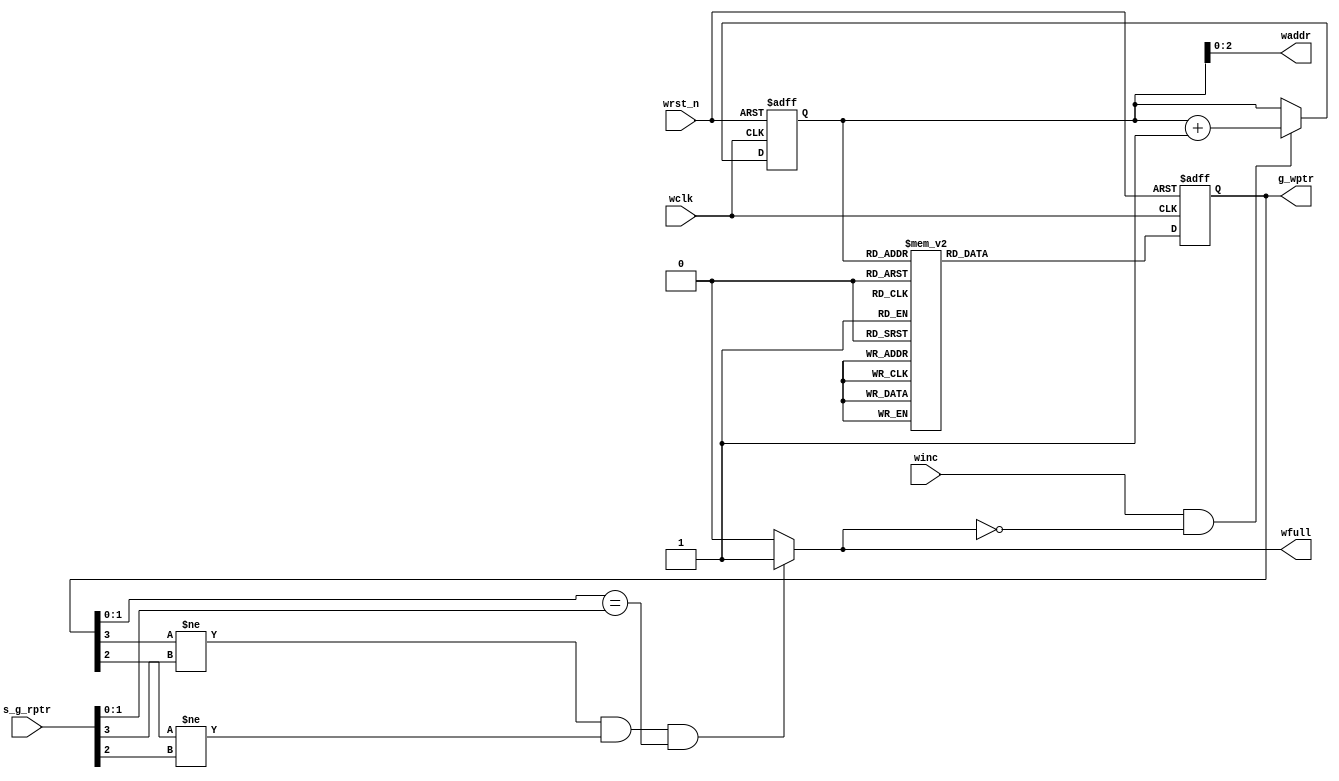
module WFIFO #(parameter P = 4 , A = 3)(
  input wclk,
  input wrst_n,
  input winc,
  input [P-1:0] s_g_rptr,
  output reg wfull,
  output reg [A-1:0] waddr,
  output reg [P-1:0] g_wptr
  );
  
  reg [P-1:0] wptr;
  
  always @ (*)
   begin
     if ( (g_wptr[P-1] != s_g_rptr[P-1]) & (g_wptr[P-2] != s_g_rptr[P-2]) & (g_wptr[P-3:0] == s_g_rptr[P-3:0]) )
       wfull = 1;
     else
       wfull = 0;
     waddr = wptr [A-1:0];
   end
   
  always @ (posedge wclk , negedge wrst_n)
   begin
     if (!wrst_n)
         wptr <=0;    
     else if (winc && !wfull)
       wptr <= wptr + 1;
   end
   
  always @ (posedge wclk , negedge wrst_n)
   begin
     if (!wrst_n)
         g_wptr <=0;    
      else
      begin
        
  case (wptr)
   4'b0000: g_wptr <= 4'b0000 ;
   4'b0001: g_wptr <= 4'b0001 ;
   4'b0010: g_wptr <= 4'b0011 ;
   4'b0011: g_wptr <= 4'b0010 ;
   4'b0100: g_wptr <= 4'b0110 ;
   4'b0101: g_wptr <= 4'b0111 ;
   4'b0110: g_wptr <= 4'b0101 ;
   4'b0111: g_wptr <= 4'b0100 ;
   4'b1000: g_wptr <= 4'b1100 ;
   4'b1001: g_wptr <= 4'b1101 ;
   4'b1010: g_wptr <= 4'b1111 ;
   4'b1011: g_wptr <= 4'b1110 ;
   4'b1100: g_wptr <= 4'b1010 ;
   4'b1101: g_wptr <= 4'b1011 ;
   4'b1110: g_wptr <= 4'b1001 ;
   4'b1111: g_wptr <= 4'b1000 ;
  endcase
  
 end
 
   end
   
 endmodule